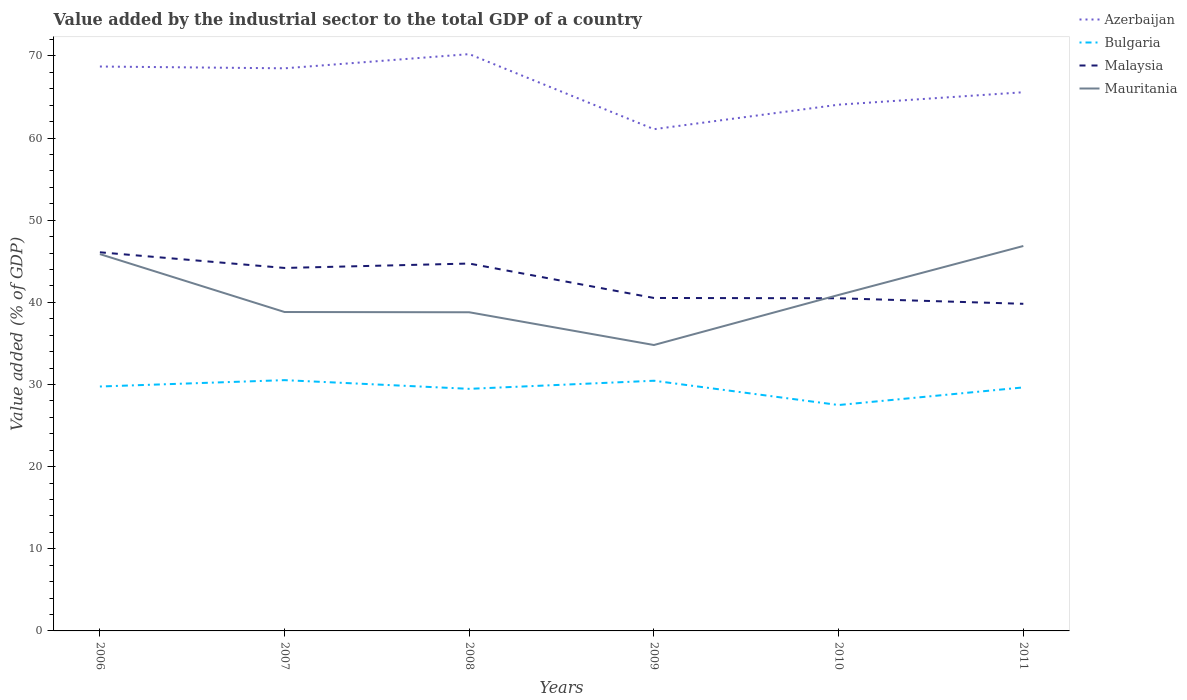
| Years | Azerbaijan | Bulgaria | Malaysia | Mauritania |
 | --- | --- | --- | --- | --- |
 | 2006 | 68.7 | 29.8 | 46.1 | 45.9 |
 | 2007 | 68.5 | 30.5 | 44.2 | 38.8 |
 | 2008 | 70.2 | 29.5 | 44.7 | 38.8 |
 | 2009 | 61.1 | 30.5 | 40.5 | 34.8 |
 | 2010 | 64.1 | 27.5 | 40.5 | 40.9 |
 | 2011 | 65.6 | 29.6 | 39.8 | 46.9 |